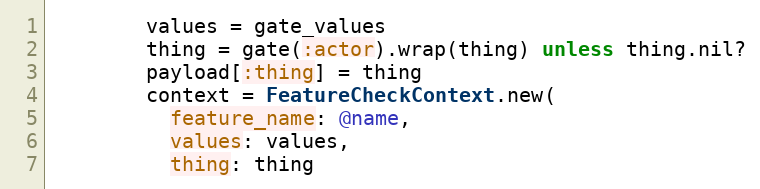
Language: Ruby
        values = gate_values
        thing = gate(:actor).wrap(thing) unless thing.nil?
        payload[:thing] = thing
        context = FeatureCheckContext.new(
          feature_name: @name,
          values: values,
          thing: thing